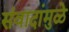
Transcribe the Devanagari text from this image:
संवादांमुळे